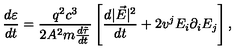
\frac { d \varepsilon } { d t } = \frac { q ^ { 2 } c ^ { 3 } } { 2 A ^ { 2 } m { \frac { d \tilde { \tau } } { d t } } } \left[ \frac { d | \vec { E } | ^ { 2 } } { d t } + 2 v ^ { j } E _ { i } \partial _ { i } E _ { j } \right] { , }